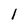
Character: 1